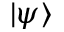
| \psi \rangle